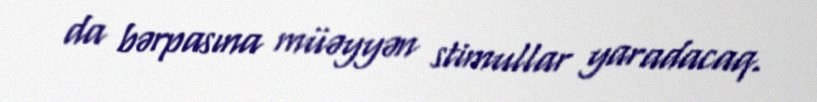
da bərpasına müəyyən stimullar yaradacaq.